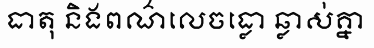
ធាតុ និងពណ៌លេចធ្លោ ឆ្លាស់គ្នា